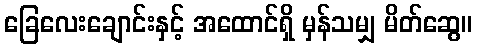
ခြေလေးချောင်းနှင့် အထောင်ရှိ မှန်သမျှ မိတ်ဆွေ။